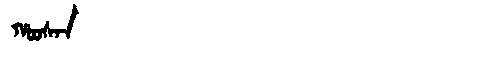
Manchu: ᡥᠣᠣᠰᠠᠨ
Romanization: HOOSAN